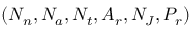
( N _ { n } , N _ { a } , N _ { t } , A _ { r } , N _ { J } , P _ { r } )